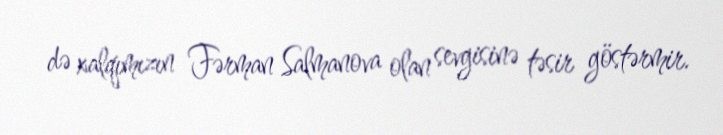
də xalqımızın Fərman Salmanova olan sevgisinə təsir göstərmir.